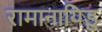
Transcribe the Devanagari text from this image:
रामानायिडु